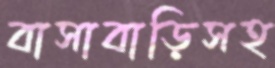
বাসাবাড়িসহ